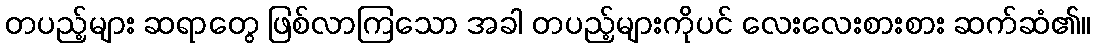
တပည့်များ ဆရာတွေ ဖြစ်လာကြသော အခါ တပည့်များကိုပင် လေးလေးစားစား ဆက်ဆံ၏။